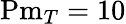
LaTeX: \mathrm{Pm}_{T}=10